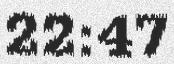
22:47